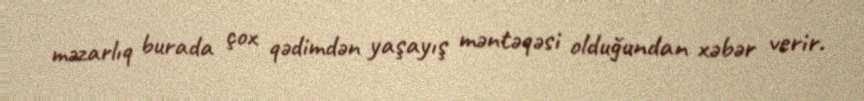
məzarlıq burada çox qədimdən yaşayış məntəqəsi olduğundan xəbər verir.